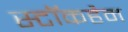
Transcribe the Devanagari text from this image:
स्टॉकहैम